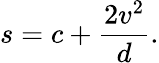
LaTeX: s=c+{\frac{2v^{2}}{d}}.